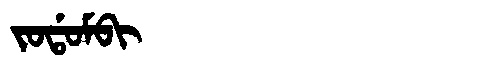
Manchu: ᠵᠣᡩᠣᠮᠪᡳ
Romanization: JODOMBI